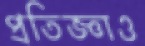
প্রতিজ্ঞাও